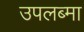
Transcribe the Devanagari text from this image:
उपलब्मा